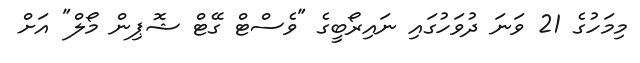
މިމަހުގެ 21 ވަނަ ދުވަހުގައި ނައިރޯބީގެ "ވެސްޓް ގޭޓް ޝޮޕިން މޯލް" އަށް